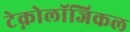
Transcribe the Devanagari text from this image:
टेक्नोलॉजिकल